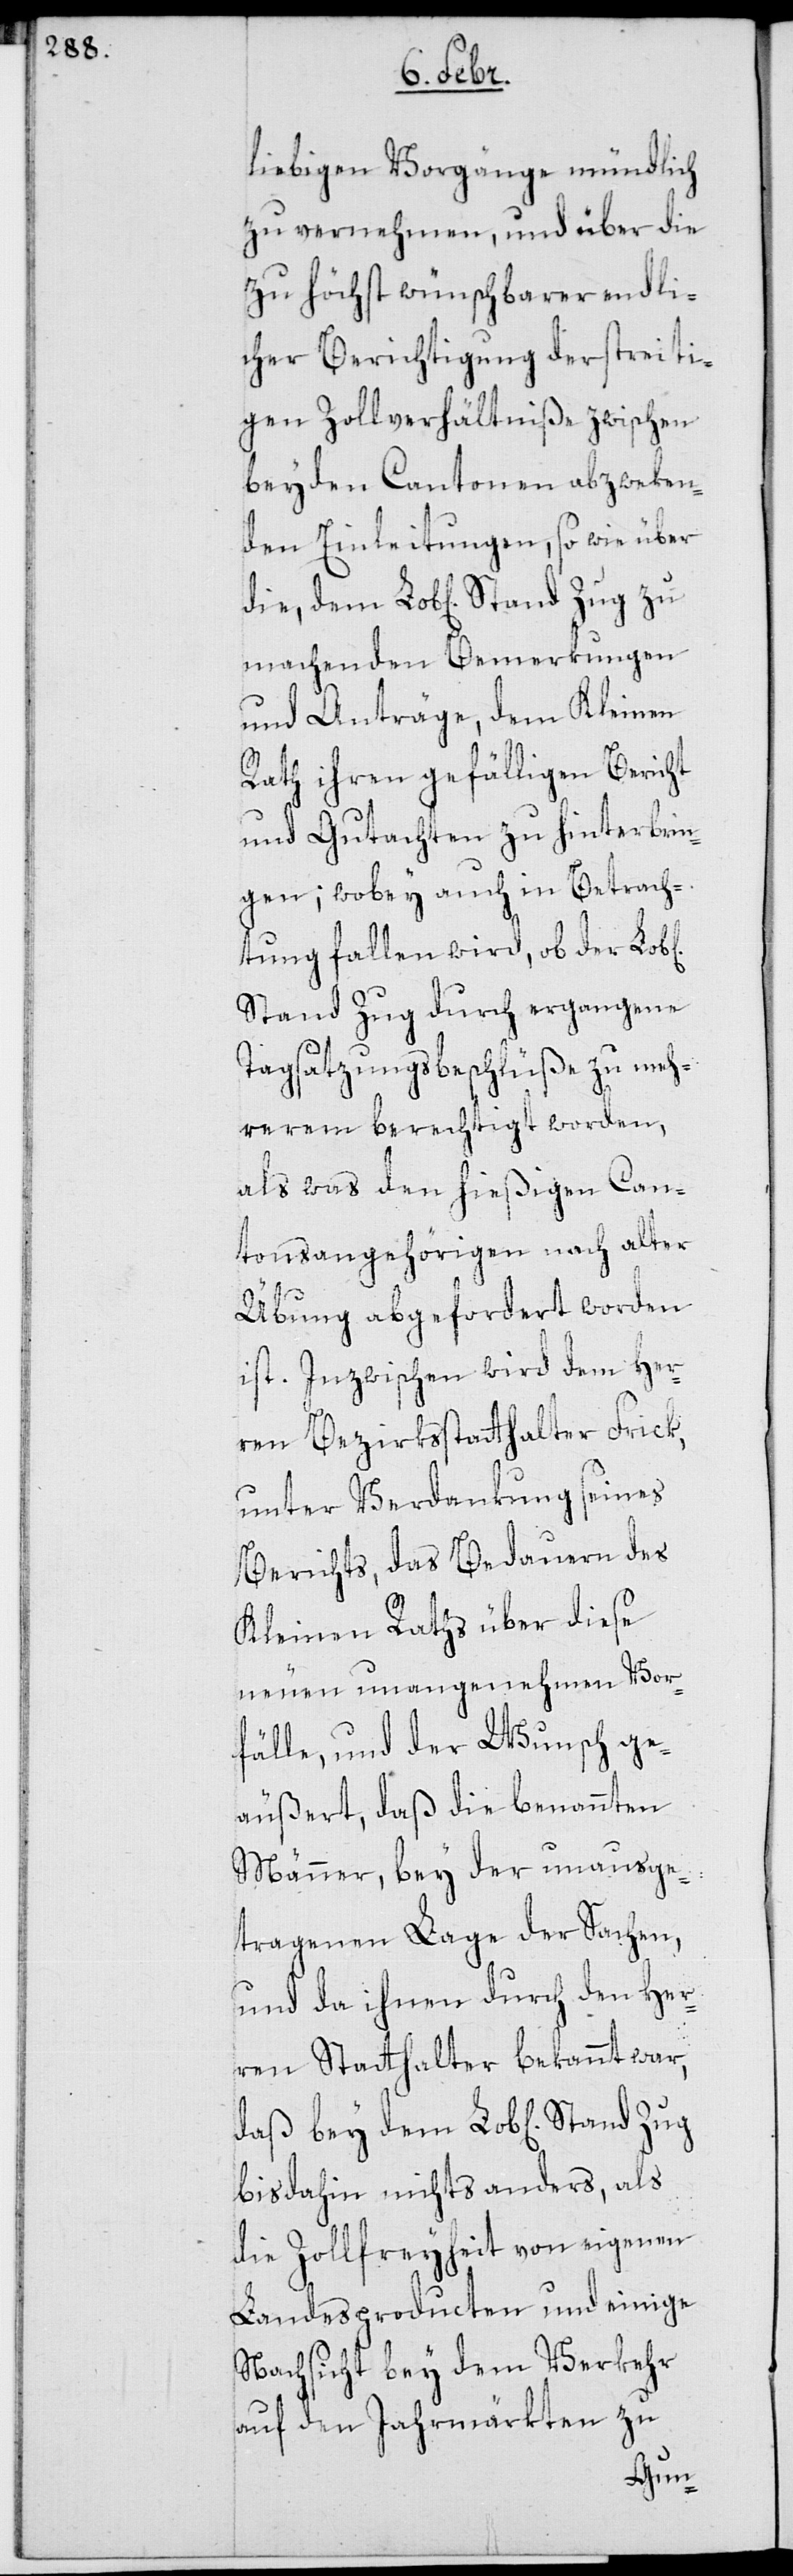
liebigen Vorgänge mündlich
zu vernehmen, und über die
zu höchst wünschbarer endli¬
cher Berichtigung der streiti¬
gen Zollverhältniße zwischen
beyden Cantonen abzweken¬
den Einleitungen, so wie über
machenden Bemerkungen
und Anträge, dem Kleinen
Rath ihren gefälligen Bericht
und Gutachten zu hinterbrin¬
gen; wobey auch in Betrach¬
tung fallen wird, ob der Lob[l¬
Stand Zug durch ergangene
Tagsatzungsbeschlüße zu meh¬
rerem berechtigt worden,
als was den hießigen Can¬
tonsangehörigen nach alter
Übung abgefordert worden
ist. Inzwischen wird dem Her¬
ren Bezirksstatthalter Frick,
unter Verdankung seines
Berichts, das Bedauern des
Kleinen Raths über diese
neuen unangenehmen Vor¬
fälle, und der Wunsch ge¬
äußert, daß die benannten
Männer, bey der unausge¬
tragenen Lage der Sachen,
und da ihnen durch den Her¬
ren Statthalter bekannt war,
bis dahin nichts anders, als
die Zollfreyheit von eigenen
Landesproducten und einige
Nachsicht bey dem Verkehr
auf den Jahrmärkten zu
iche]